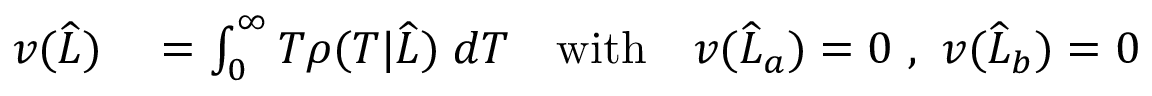
\begin{array} { r l } { v ( \widehat { L } ) } & { { } = \int _ { 0 } ^ { \infty } T \rho ( T | \widehat { L } ) \; d T \quad \mathrm { w i t h } \quad v ( \widehat { L } _ { a } ) = 0 \ , \ v ( \widehat { L } _ { b } ) = 0 } \end{array}